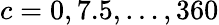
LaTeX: c=0,7.5,\ldots,360